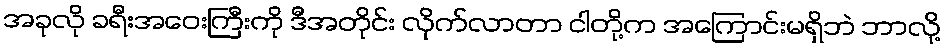
အခုလို ခရီးအဝေးကြီးကို ဒီအတိုင်း လိုက်လာတာ ငါတို့က အကြောင်းမရှိဘဲ ဘာလို့